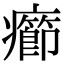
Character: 癤